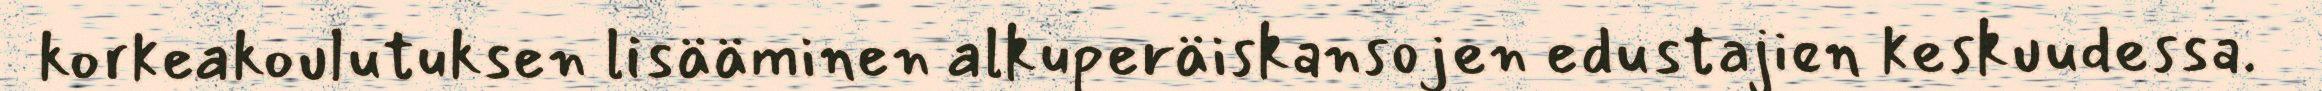
korkeakoulutuksen lisääminen alkuperäiskansojen edustajien keskuudessa.